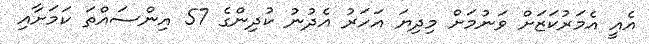
އެއީ އެމަރުކަޒަށް ވަނުމަށް މިދިޔަ އަހަރު އެދުނު ކުދިންގެ 57 އިންސައްތަ ކަމަށާއި